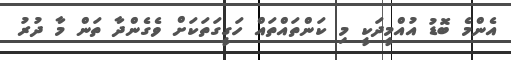
އެންމެ ބޮޑު އުއްމީދަކީ މި ކަންތައްތައް ހަގީގަތަކަށް ވެގެންދާ ތަން މާ ދުރު